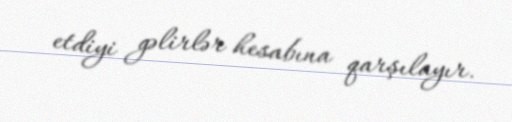
etdiyi gəlirlər hesabına qarşılayır.